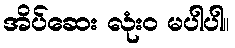
အိပ်ဆေး လုံးဝ မပါပါ။